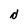
Character: d